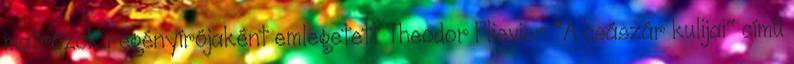
matrózok regényírójaként emlegetett Theodor Plievier "A császár kulijai" című